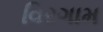
વિરગામ